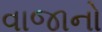
વાજાનો